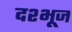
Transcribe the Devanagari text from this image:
दश्भूज